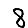
Digit: 8